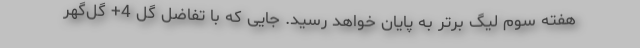
هفته سوم لیگ برتر به پایان خواهد رسید. جایی که با تفاضل گل 4+ گل‌گهر